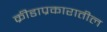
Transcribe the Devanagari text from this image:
क्रीडाप्रकारातील